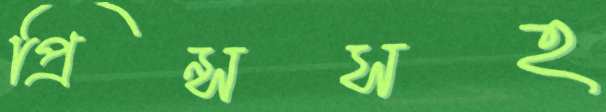
প্রিন্সসহ